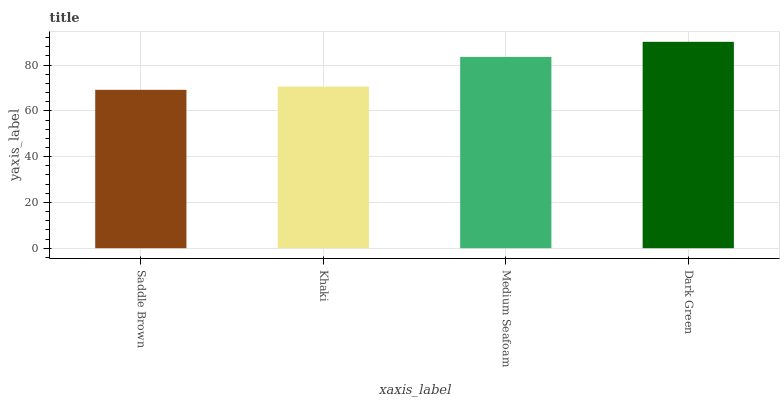
| xaxis_label | bars |
 | --- | --- |
 | Saddle Brown | 69.2 |
 | Khaki | 70.6 |
 | Medium Seafoam | 83.6 |
 | Dark Green | 90.2 |